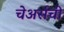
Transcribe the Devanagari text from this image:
चेअर्सची